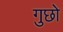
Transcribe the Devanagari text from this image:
गुछो